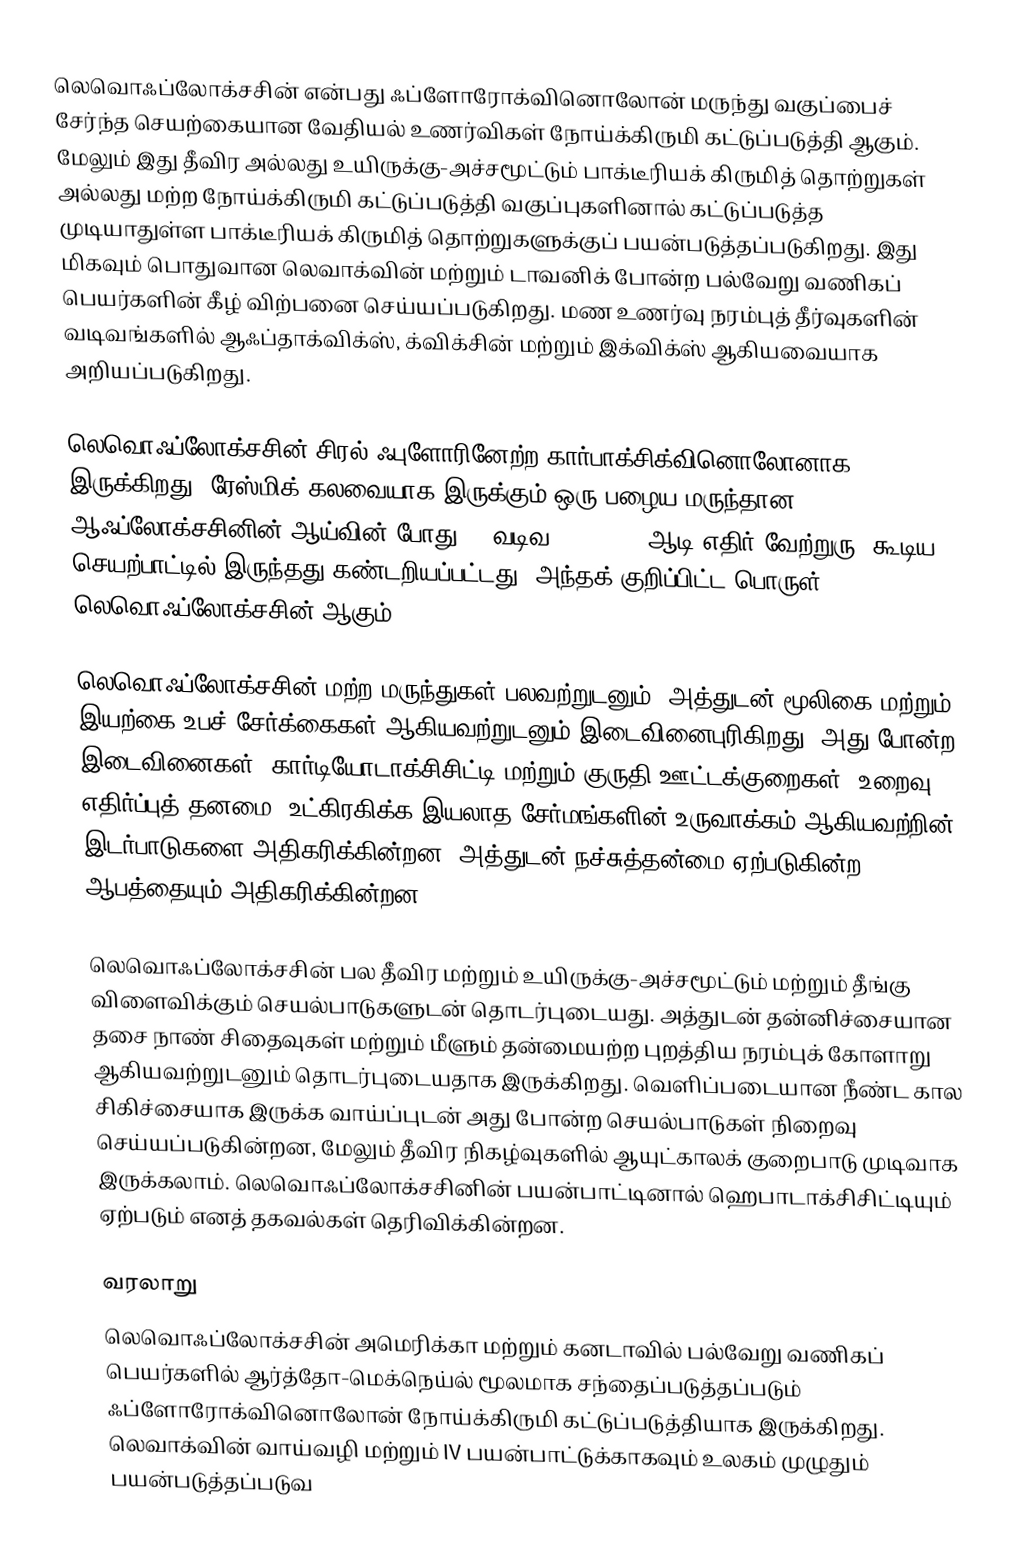
லெவொஃப்லோக்சசின் என்பது ஃப்ளோரோக்வினொலோன் மருந்து வகுப்பைச் சேர்ந்த செயற்கையான வேதியல் உணர்விகள் நோய்க்கிருமி கட்டுப்படுத்தி ஆகும். மேலும் இது தீவிர அல்லது உயிருக்கு-அச்சமூட்டும் பாக்டீரியக் கிருமித் தொற்றுகள் அல்லது மற்ற நோய்க்கிருமி கட்டுப்படுத்தி வகுப்புகளினால் கட்டுப்படுத்த முடியாதுள்ள பாக்டீரியக் கிருமித் தொற்றுகளுக்குப் பயன்படுத்தப்படுகிறது. இது மிகவும் பொதுவான லெவாக்வின்  மற்றும் டாவனிக் போன்ற பல்வேறு வணிகப் பெயர்களின் கீழ் விற்பனை செய்யப்படுகிறது. மண உணர்வு நரம்புத் தீர்வுகளின் வடிவங்களில் ஆஃப்தாக்விக்ஸ், க்விக்சின்  மற்றும் இக்விக்ஸ் ஆகியவையாக அறியப்படுகிறது.

லெவொஃப்லோக்சசின் சிரல் ஃபுளோரினேற்ற கார்பாக்சிக்வினொலோனாக இருக்கிறது. ரேஸ்மிக் கலவையாக இருக்கும் ஒரு பழைய மருந்தான ஆஃப்லோக்சசினின் ஆய்வின் போது, l வடிவ [(–)-(S ) ஆடி எதிர் வேற்றுரு] கூடிய செயற்பாட்டில் இருந்தது கண்டறியப்பட்டது. அந்தக் குறிப்பிட்ட பொருள் லெவொஃப்லோக்சசின் ஆகும்.

லெவொஃப்லோக்சசின் மற்ற மருந்துகள் பலவற்றுடனும், அத்துடன் மூலிகை மற்றும் இயற்கை உபச் சேர்க்கைகள் ஆகியவற்றுடனும் இடைவினைபுரிகிறது. அது போன்ற இடைவினைகள், கார்டியோடாக்சிசிட்டி மற்றும் குருதி ஊட்டக்குறைகள், உறைவு எதிர்ப்புத் தனமை, உட்கிரகிக்க இயலாத சேர்மங்களின் உருவாக்கம் ஆகியவற்றின் இடர்பாடுகளை அதிகரிக்கின்றன. அத்துடன் நச்சுத்தன்மை ஏற்படுகின்ற ஆபத்தையும் அதிகரிக்கின்றன.

லெவொஃப்லோக்சசின் பல தீவிர மற்றும் உயிருக்கு-அச்சமூட்டும் மற்றும் தீங்கு விளைவிக்கும் செயல்பாடுகளுடன் தொடர்புடையது. அத்துடன் தன்னிச்சையான தசை நாண் சிதைவுகள் மற்றும் மீளும் தன்மையற்ற புறத்திய நரம்புக் கோளாறு ஆகியவற்றுடனும் தொடர்புடையதாக இருக்கிறது. வெளிப்படையான நீண்ட கால சிகிச்சையாக இருக்க வாய்ப்புடன் அது போன்ற செயல்பாடுகள் நிறைவு செய்யப்படுகின்றன, மேலும் தீவிர நிகழ்வுகளில் ஆயுட்காலக் குறைபாடு முடிவாக இருக்கலாம். லெவொஃப்லோக்சசினின் பயன்பாட்டினால் ஹெபாடாக்சிசிட்டியும் ஏற்படும் எனத் தகவல்கள் தெரிவிக்கின்றன.

வரலாறு
லெவொஃப்லோக்சசின் அமெரிக்கா மற்றும் கனடாவில் பல்வேறு வணிகப் பெயர்களில் ஆர்த்தோ-மெக்நெய்ல் மூலமாக சந்தைப்படுத்தப்படும் ஃப்ளோரோக்வினொலோன் நோய்க்கிருமி கட்டுப்படுத்தியாக இருக்கிறது. லெவாக்வின் வாய்வழி மற்றும் IV பயன்பாட்டுக்காகவும் உலகம் முழுதும் பயன்படுத்தப்படுவ